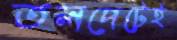
তলপেটেই